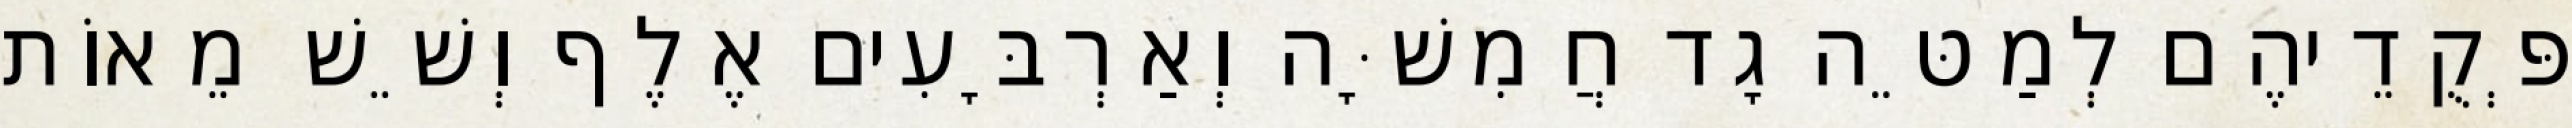
פְּקֻדֵיהֶם לְמַטֵּה גָד חֲמִשָּׁה וְאַרְבָּעִים אֶלֶף וְשֵׁשׁ מֵאוֹת